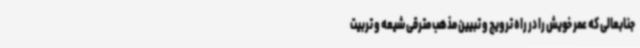
جنابعالی که عمر خویش را در راه ترویج و تبیین مذهب مترقی شیعه و تربیت